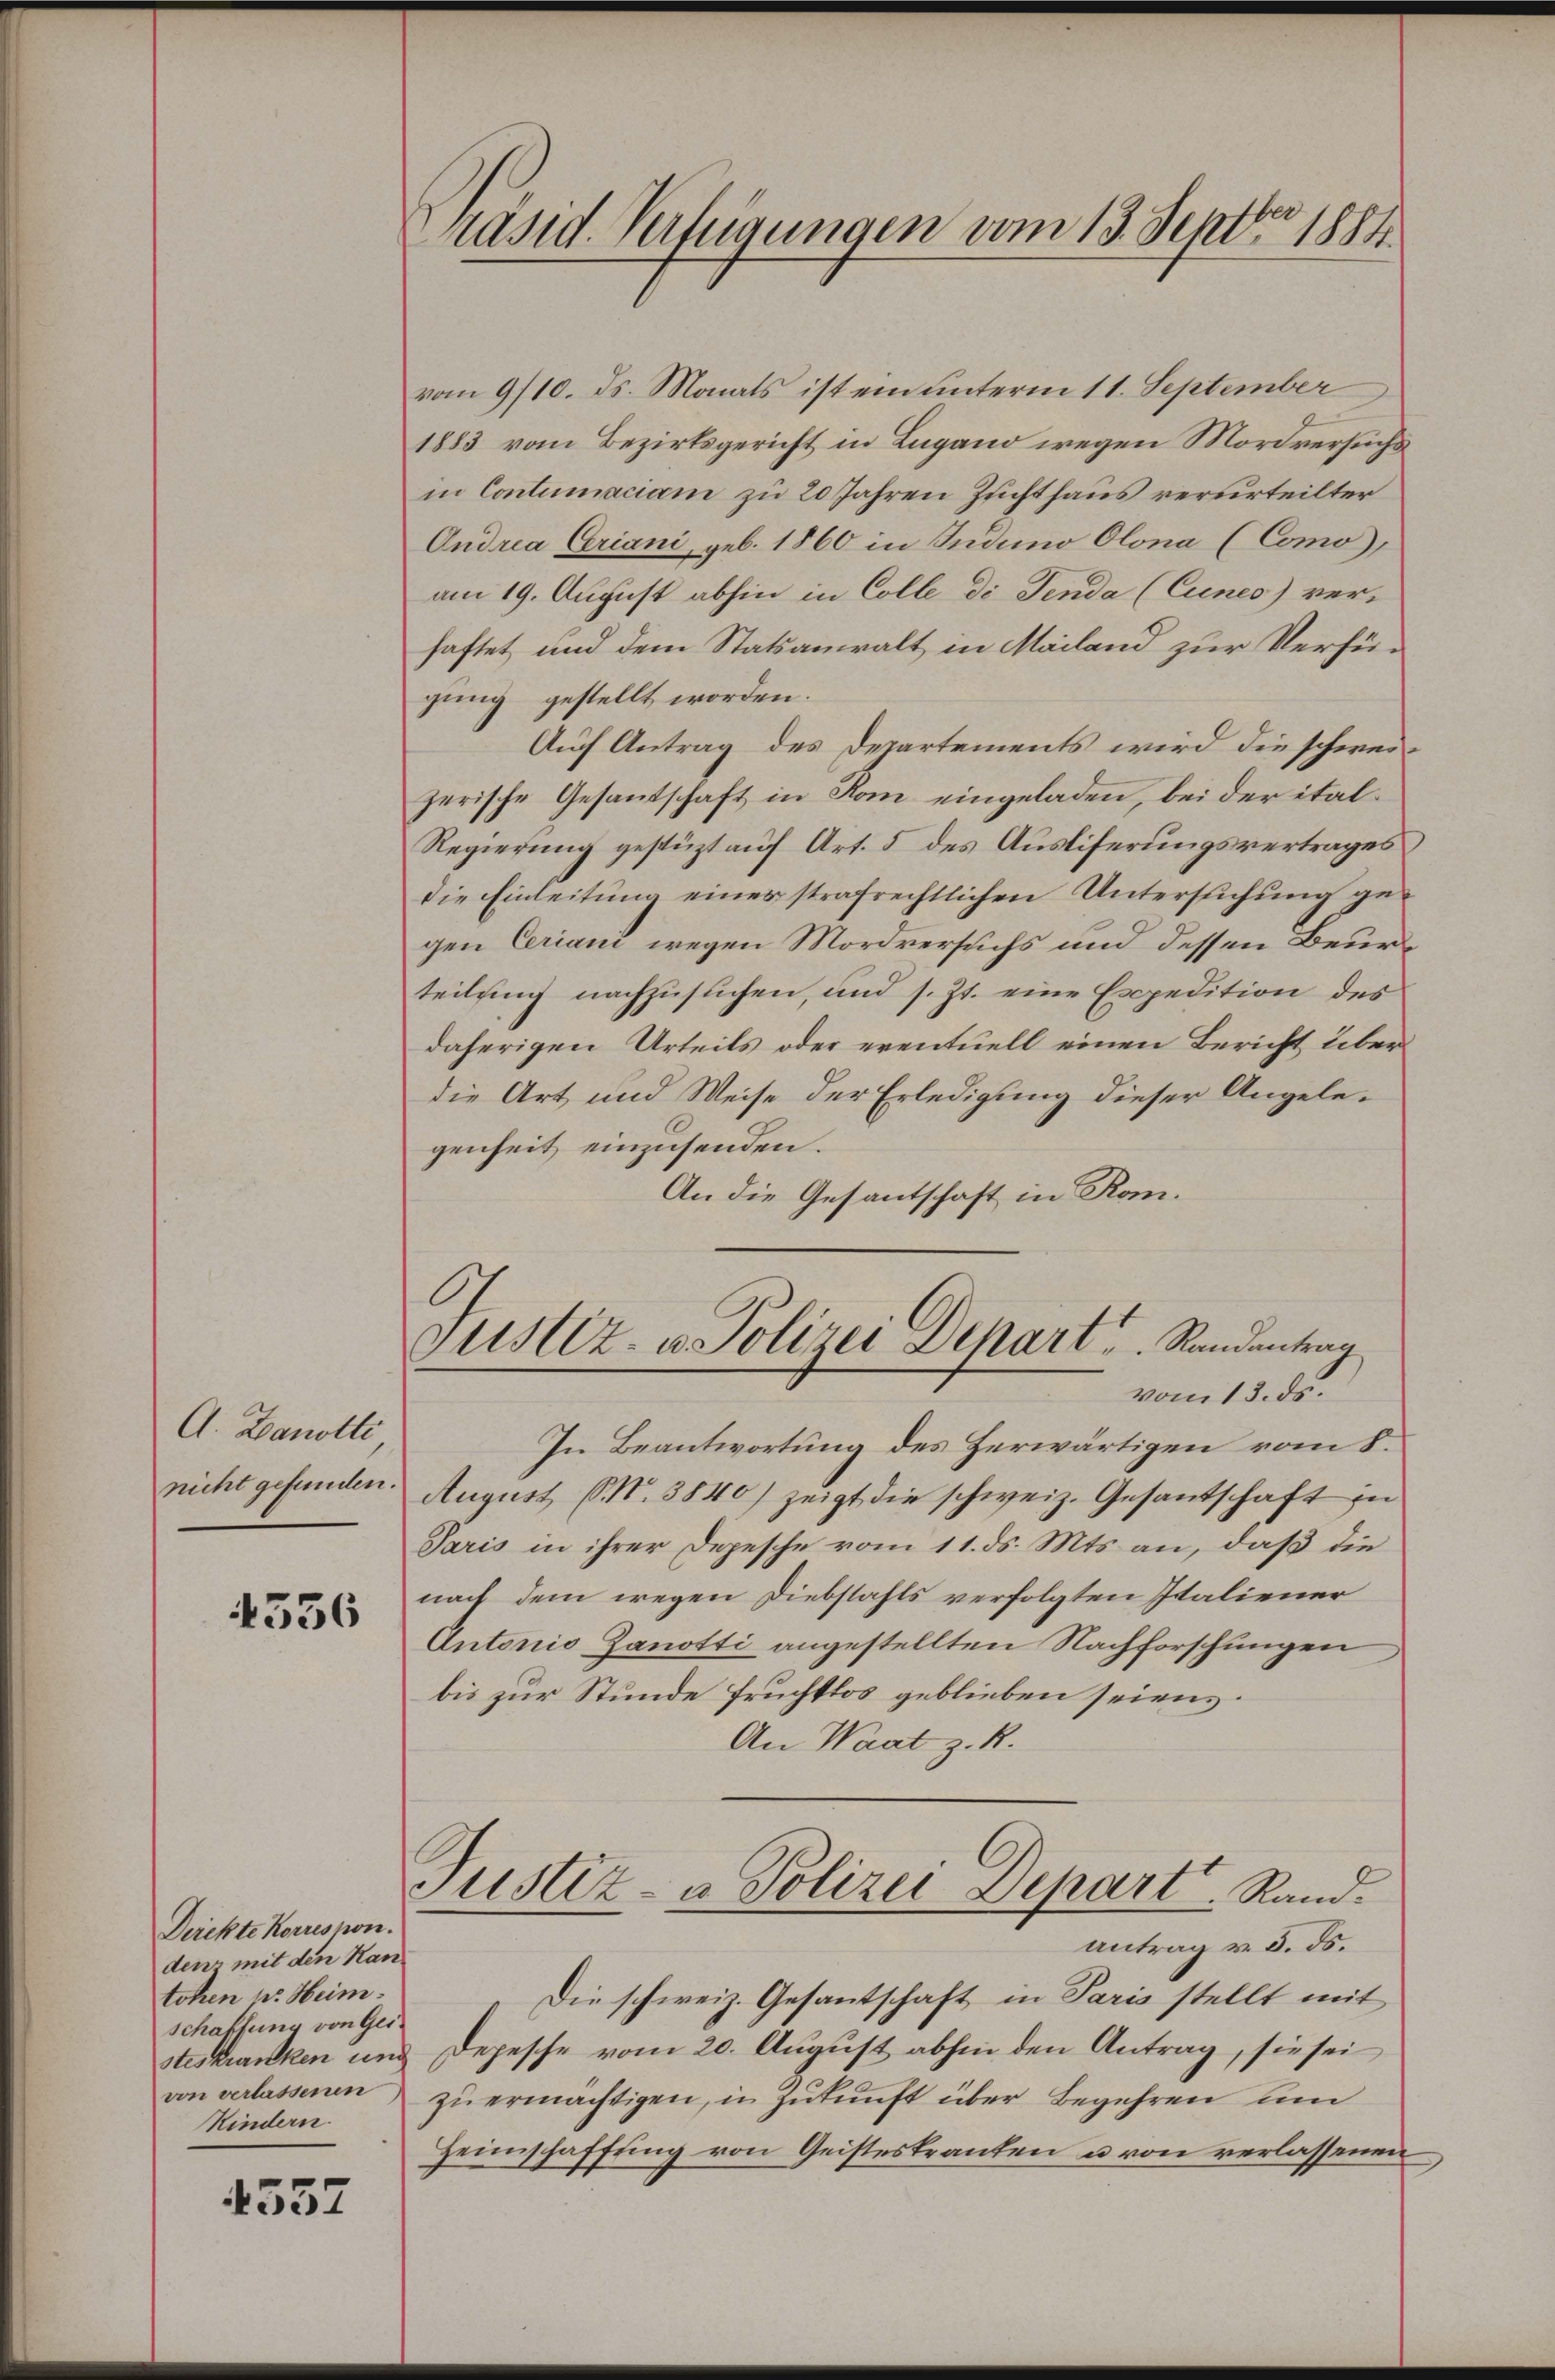
A. Danotti
nicht gefunden.

4536

Direkte Korrespon
denz mit den Kantohen pr. Heim.
schaffung von Gei
steskranken und
von verlassenen
Kindern.

4557

vom 9/10. ds. Monats ist ein unterm 11. September
1883 vom Bezirksgericht in Lugano wegen Mordversuchs
in Contumaciam zu 20 Jahren Zuchthaus verurteilter
Ondria Criani, geb. 1860 in Induno Olona (Como),
am 19. August abhin in Colle di Senda (Cunes) verhaftet und dem Statsanwalt in Mailand zur Verfügung gestellt worden.
Auch Antrag des Departements wird die schweizerische Gesantschaft in Rom eingeladen, bei der ital¬
Regierung gestüzt auf Art. 5 des Ausliferungsvertrages
die Einleitung eines strafrechtlichen Untersuchung gegen Ceriani wegen Mordversuchs und dessen Beurteilung nachzusuchen, und s. Zt. eine Expedition des
daherigen Urteils oder eventuell einen Bericht über
die Art und Weise der Erledigung dieser Angelegenheit einzusenden.
An die Gesantschaft in Kon¬

Präsid. Verfügungen vom 13. Septbr. 1881

Justiz- u. Polizei Depart u. Randantrag
vom 13. ds.

In Beantwortung des Herwärtigen vom 8.
August M. 3840) zeigt die schweiz. Gesantschaft in
Paris in ihrer Depesche vom 11. ds. Mts. an, daß die
nach dem wegen Diebstahls verfolgten Italiener
Antonio Zanotti angestellten Nachforschungen
bis zur Stunde fruchtlos geblieben seien.
An Waat z. R.
Justiz- & Polizei Depart. Rand.
antrag v. 5. ds.
Die schweiz. Gesantschaft in Paris stellt mit
Depesche vom 20. August abhin den Antrag, sie sei
zŭ ermächtigen, in Zukunft über Begehren um
Heimschaffung von Geisteskranken u von verlassenen